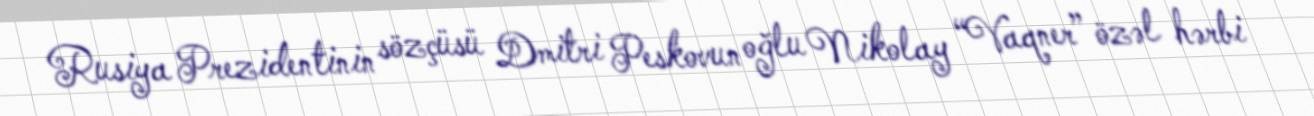
Rusiya Prezidentinin sözçüsü Dmitri Peskovun oğlu Nikolay “Vaqner” özəl hərbi